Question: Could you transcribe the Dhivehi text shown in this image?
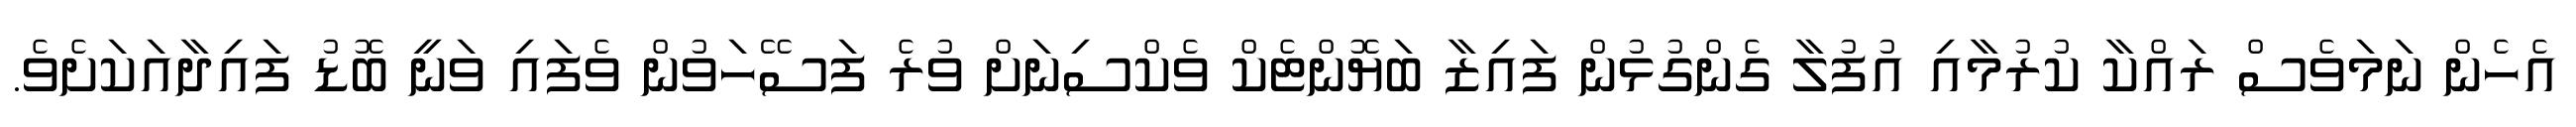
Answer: އެހެން ނަމަވެސް ރައްކާ ކުރުމާއި އުފުލާ ގެންގުޅުން ފައިޒާ ބަޔޮންޓެކް ވެކްސިނަށް ވުރެ ފަސޭހަވުން ވެފައި ވަނީ ބޮޑު ފައިދާއަކަށެވެ.